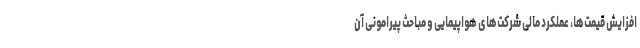
افزایش قیمت‌ها، عملکرد مالی شرکت‌های هواپیمایی و مباحث پیرامونی آن